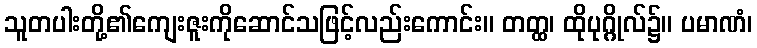
သူတပါးတို့၏ကျေးဇူးကိုဆောင်သဖြင့်လည်းကောင်း။ တတ္ထ၊ ထိုပုဂ္ဂိုလ်၌။ ပမာဏံ၊